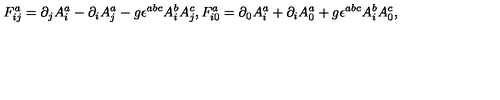
F _ { i j } ^ { a } = \partial _ { j } A _ { i } ^ { a } - \partial _ { i } A _ { j } ^ { a } - g { \epsilon } ^ { a b c } A _ { i } ^ { b } A _ { j } ^ { c } , F _ { i 0 } ^ { a } = \partial _ { 0 } A _ { i } ^ { a } + \partial _ { i } A _ { 0 } ^ { a } + g { \epsilon } ^ { a b c } A _ { i } ^ { b } A _ { 0 } ^ { c } ,